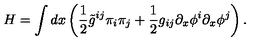
H = \int d x \left( { \frac { 1 } { 2 } } \tilde { g } ^ { i j } \pi _ { i } \pi _ { j } + { \frac { 1 } { 2 } } g _ { i j } \partial _ { x } \phi ^ { i } \partial _ { x } \phi ^ { j } \right) .